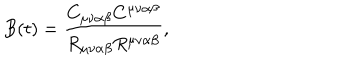
LaTeX: B ( t ) = \frac { C _ { \mu \nu \alpha \beta } C ^ { \mu \nu \alpha \beta } } { R _ { \mu \nu \alpha \beta } R ^ { \mu \nu \alpha \beta } } ,